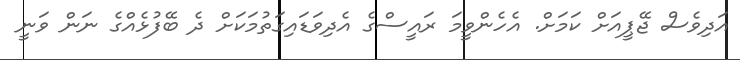
އަދިވެސް ޖޭޕީއަށް ކަމަށް. އެހެންވީމަ ރައީސްގެ އެދިވަޑައިގަތުމަކަށް ދެ ބޭފުޅެއްގެ ނަން ވަނީ